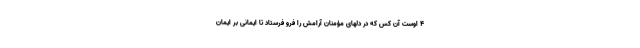
۴ اوست آن كس كه در دلهاى مؤمنان آرامش را فرو فرستاد تا ايمانى بر ايمان